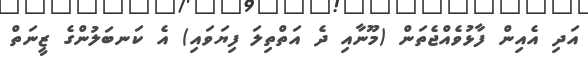
އަދި އެއިން ފާޅުވެއްޖެތަން (މޫނާއި ދެ އަތްތިލަ ފިޔަވައި) އެ ކަނބަލުންގެ ޒީނަތް